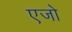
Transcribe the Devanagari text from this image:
एजो